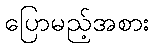
ပြောမည့်အစား